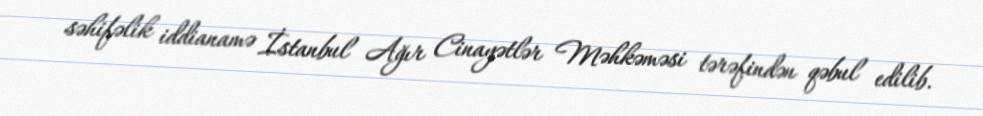
səhifəlik iddianamə İstanbul Ağır Cinayətlər Məhkəməsi tərəfindən qəbul edilib.